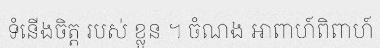
ទំនើងចិត្ត របស់ ខ្លួន ។ ចំណង អាពាហ៍ពិពាហ៍